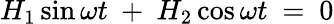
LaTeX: H_{1}\sin\omega t\ +\ H_{2}\cos\omega t\ =\ 0